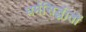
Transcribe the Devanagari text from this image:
धर्मसिद्धंातों